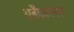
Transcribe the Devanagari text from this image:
अबेँडकरनगर